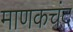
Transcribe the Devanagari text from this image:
माणकचंद